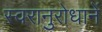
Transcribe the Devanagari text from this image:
स्वरानुरोधानें